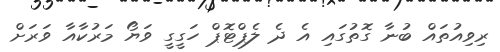
ރިވިއުތައް ބުނާ ގޮތުގައި އެ ދެ ލެޕްޓޮޕް ހަގީގީ ވަޔޯ މަރުކާއާ ވަރަށް